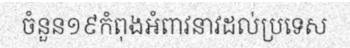
ចំនួន១៩កំពុងអំពាវនាវដល់ប្រទេស